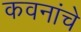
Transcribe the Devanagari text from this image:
कवनांचे